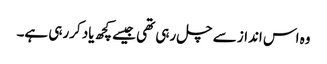
وہ اس انداز سے چل رہی تھی جیسے کچھ یاد کررہی ہے۔